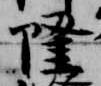
隆